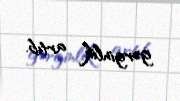
gərginlik artıb.